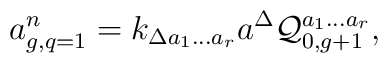
a^n_{g,q=1}=k_{\Delta a_1\ldots a_r}a^\Delta{\cal Q}^{a_1\ldots a_r}_{0,g+1},